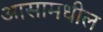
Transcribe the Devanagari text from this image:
आसामधील